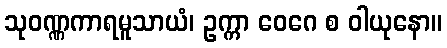
သုဝဏ္ဏကာရမူသာယံ၊ ဥက္ကာ ဝေဂေ စ ဝါယုနော။